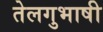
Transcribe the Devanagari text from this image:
तेलगुभाषी